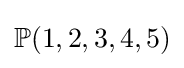
\mathbb {P} (1,2,3,4,5)